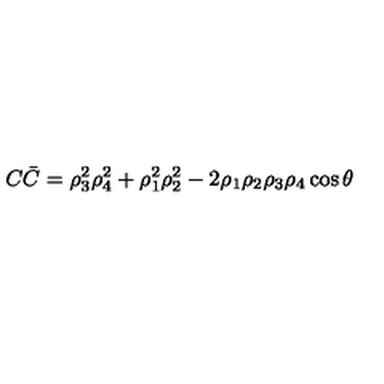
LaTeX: C \bar { C } = \rho _ { 3 } ^ { 2 } \rho _ { 4 } ^ { 2 } + \rho _ { 1 } ^ { 2 } \rho _ { 2 } ^ { 2 } - 2 \rho _ { 1 } \rho _ { 2 } \rho _ { 3 } \rho _ { 4 } \cos { \theta }